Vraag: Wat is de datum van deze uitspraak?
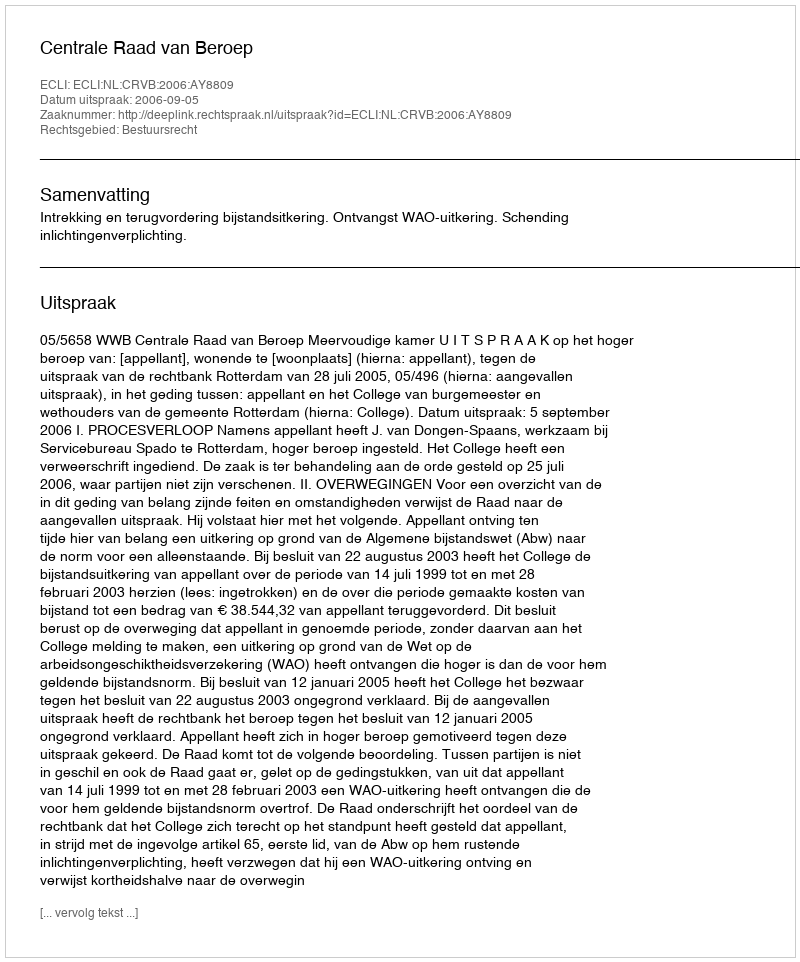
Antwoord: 2006-09-05